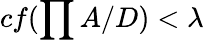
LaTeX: cf(\prod A/D)<\lambda